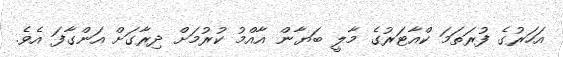
އަހަރުގެ ފުރަތަމަ ކްއާޓަރުގެ މާލީ ބަޔާން އާއްމު ކުރުމަށް ދިރާގަށް އަންގާފަ އެވެ.